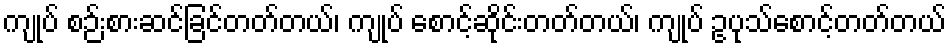
ကျုပ် စဉ်းစားဆင်ခြင်တတ်တယ်၊ ကျုပ် စောင့်ဆိုင်းတတ်တယ်၊ ကျုပ် ဥပုသ်စောင့်တတ်တယ်